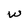
Character: w